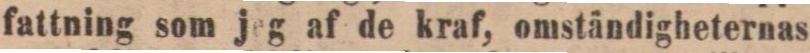
fattning som jeg af de kraf, omständigheternas